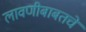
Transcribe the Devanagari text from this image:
लावणीबाबतचे